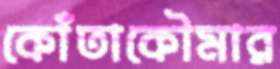
কোঁতাকৌমার